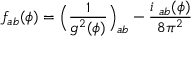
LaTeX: f _ { a b } ( \phi ) = \Big ( \frac { 1 } { g ^ { 2 } ( \phi ) } \Big ) _ { a b } - \frac { i \mathrm { \Theta } _ { a b } ( \phi ) } { 8 \pi ^ { 2 } }